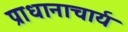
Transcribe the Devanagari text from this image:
प्राधानाचार्य